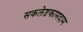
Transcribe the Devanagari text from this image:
सकलेष्टकामदाम